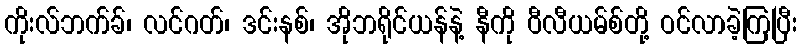
ကိုးလ်ဘက်ခ်၊ လင်ဂတ်၊ ဒင်းနစ်၊ အိုဘရိုင်ယန်နဲ့ နီကို ဝီလီယမ်စ်တို့ ဝင်လာခဲ့ကြပြီး